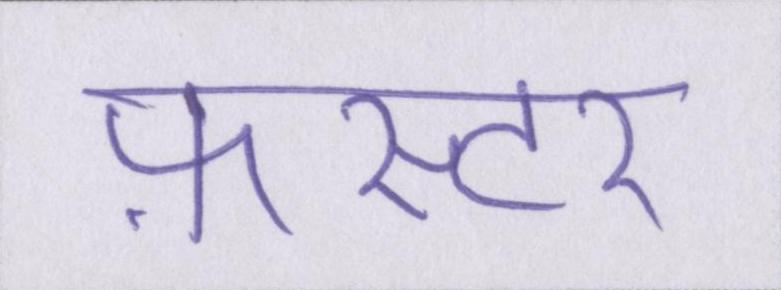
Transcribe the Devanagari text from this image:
फ़ास्टर